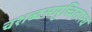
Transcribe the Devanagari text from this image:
चशब्दसमुच्चिताश्च